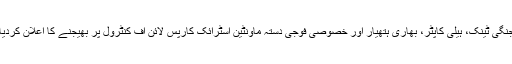
جنگی ٹینک، ہیلی کاپٹر، بھاری ہتھیار اور خصوصی فوجی دستہ ماونٹین اسٹرائک کارپس لائن آف کنٹرول پر بھیجنے کا اعلان کردیا۔